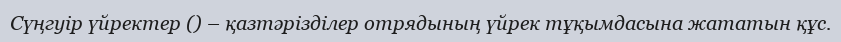
Сүңгуір үйректер () – қазтәрізділер отрядының үйрек тұқымдасына жататын құс.